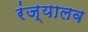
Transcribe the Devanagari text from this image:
रंज्यालव